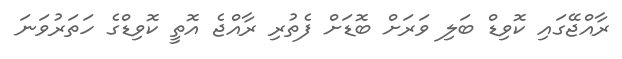
ރާއްޖޭގައި ކޮވިޑް ބަލި ވަރަށް ބޮޑަށް ފެތުރި ރާއްޖެ އޮތީ ކޮވިޑްގެ ހަތަރުވަނަ